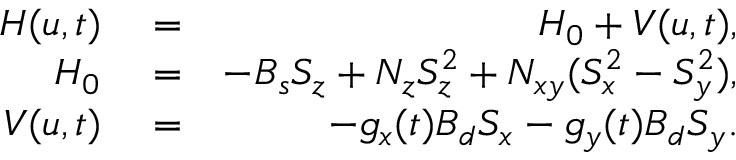
\begin{array} { r l r } { H ( u , t ) } & { { } = } & { H _ { 0 } + V ( u , t ) , } \\ { H _ { 0 } } & { { } = } & { - B _ { s } S _ { z } + N _ { z } S _ { z } ^ { 2 } + N _ { x y } ( S _ { x } ^ { 2 } - S _ { y } ^ { 2 } ) , } \\ { V ( u , t ) } & { { } = } & { - g _ { x } ( t ) B _ { d } S _ { x } - g _ { y } ( t ) B _ { d } S _ { y } . } \end{array}